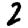
Digit: 2